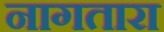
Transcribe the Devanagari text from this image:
नागतारा